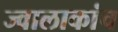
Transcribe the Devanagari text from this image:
ज्वालाकांच